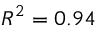
R ^ { 2 } = 0 . 9 4